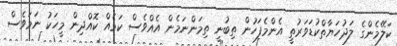
ކަލޭމެންގެ ލަދުހަޔާތްކުޑަވަރުތީ އެންމެފަހުން ތިބުނީ ތިމަންނަމެން އެއްވެސް ކަމެއް ކޮއްދިން މީހަކު ނަމަވެސް